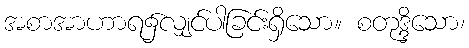
အစာအာဟာရ၌လျှင်ပါခြင်းရှိသော။ စတုဒ္ဒိသော၊